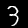
Label: 3